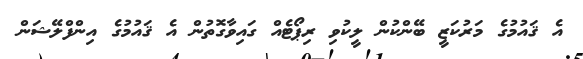
އެ ޤައުމުގެ މަރުކަޒީ ބޭންކުން ލީކުވި ރިޕޯޓެއް ގައިވާގޮތުން އެ ޤައުމުގެ އިންފްލޭޝަން